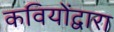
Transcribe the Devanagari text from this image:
कवियोंद्वारा